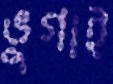
ভুগাই